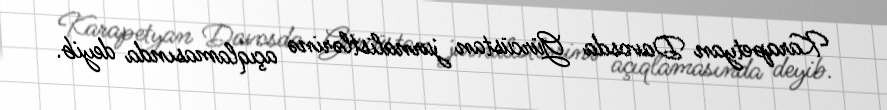
Karapetyan Davosda Gürcüstan jurnalistlərinə açıqlamasında deyib.